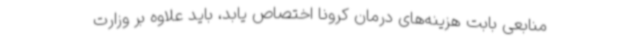
منابعی بابت هزینه‌های درمان کرونا اختصاص یابد، باید علاوه بر وزارت